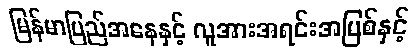
မြန်မာပြည်အနေနှင့် လူအားအရင်းအမြစ်နှင့်